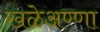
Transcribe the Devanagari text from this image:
खळेअण्णा